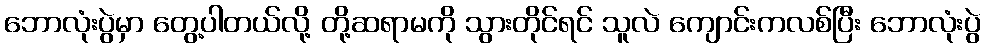
ဘောလုံးပွဲမှာ တွေ့ပါတယ်လို့ တို့ဆရာမကို သွားတိုင်ရင် သူလဲ ကျောင်းကလစ်ပြီး ဘောလုံးပွဲ